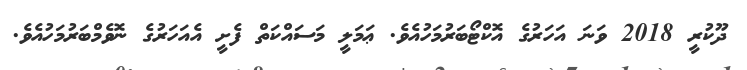
ދޫކުރީ 2018 ވަނަ އަހަރުގެ އޮކްޓޯބަރުމަހުއެވެ. ޢަމަލީ މަސައްކަތް ފެށީ އެއަހަރުގެ ނޮވެމްބަރުމަހުއެވެ.